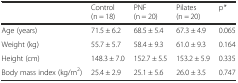
<table><thead><tr><td></td><td><b>Control (n = 18)</b></td><td><b>PNF (n = 20)</b></td><td><b>Pilates (n = 20)</b></td><td><b>p<i>*</i></b></td></tr></thead><tbody><tr><td>Age (years)</td><td>71.5 ± 6.2</td><td>68.5 ± 5.4</td><td>67.3 ± 4.9</td><td>0.065</td></tr><tr><td>Weight (kg)</td><td>55.7 ± 5.7</td><td>58.4 ± 9.3</td><td>61.0 ± 9.3</td><td>0.164</td></tr><tr><td>Height (cm)</td><td>148.3 ± 7.0</td><td>152.7 ± 5.5</td><td>153.2 ± 5.9</td><td>0.335</td></tr><tr><td>Body mass index (kg/m<sup>2</sup>)</td><td>25.4 ± 2.9</td><td>25.1 ± 5.6</td><td>26.0 ± 3.5</td><td>0.747</td></tr></tbody></table>